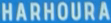
HARHOURA